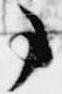
事